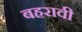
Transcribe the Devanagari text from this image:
बहरावी